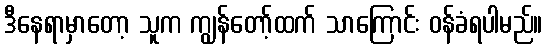
ဒီနေရာမှာတော့ သူက ကျွန်တော့်ထက် သာကြောင်း ဝန်ခံရပါမည်။